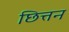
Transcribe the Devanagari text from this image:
छित्तन